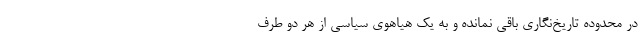
در محدوده تاریخ‌نگاری باقی نمانده و به یک هیاهوی سیاسی از هر دو طرف